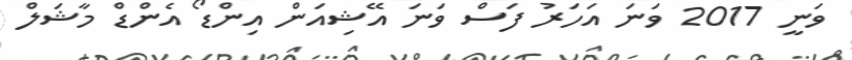
ވަނީ 2017 ވަނަ އަހަރު ފަސް ވަނަ އޭޝިއަން އިންޑޯ އެންޑް މާޝަލް